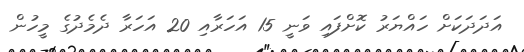
އަދަދަކަށް ހައްޔަރު ކޮށްފައި ވަނީ 15 އަހަރާއި 20 އަހަރާ ދެމެދުގެ މީހުން